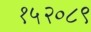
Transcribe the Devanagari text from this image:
१५२०८९